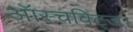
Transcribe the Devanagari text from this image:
ऑस्चविट्ज।